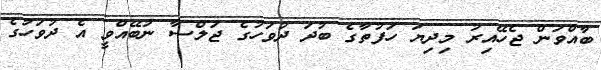
ބާއްވަން ޖެހޭއިރު މިދިޔަ ހަފުތާގެ ބުދަ ދުވަހުގެ ޖަލްސާ ނުބޭއްވީ އެ ދުވަހުގެ